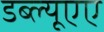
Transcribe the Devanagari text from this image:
डब्ल्यूएए